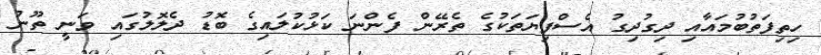
ހިތިފަތުބުމައާއި ދިގުދިގު އެސްފިޔަތަކުގެ ތެރޭން ފެންނަ ކަޅުކުލައިގެ ބޮޑު ދެލޮލުގައި ވަނީ ތޫނު